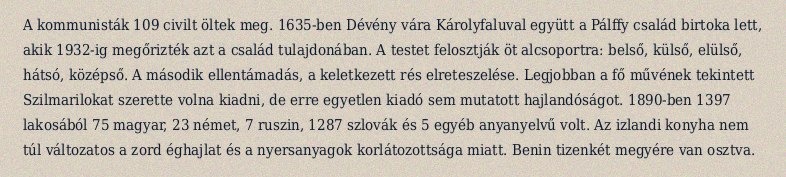
A kommunisták 109 civilt öltek meg. 1635-ben Dévény vára Károlyfaluval együtt a Pálffy család birtoka lett, akik 1932-ig megőrizték azt a család tulajdonában. A testet felosztják öt alcsoportra: belső, külső, elülső, hátsó, középső. A második ellentámadás, a keletkezett rés elreteszelése. Legjobban a fő művének tekintett Szilmarilokat szerette volna kiadni, de erre egyetlen kiadó sem mutatott hajlandóságot. 1890-ben 1397 lakosából 75 magyar, 23 német, 7 ruszin, 1287 szlovák és 5 egyéb anyanyelvű volt. Az izlandi konyha nem túl változatos a zord éghajlat és a nyersanyagok korlátozottsága miatt. Benin tizenkét megyére van osztva.